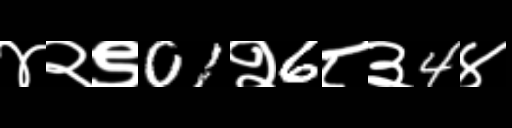
Text: ४२९01२6८३4४